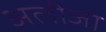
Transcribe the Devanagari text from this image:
अलीजा